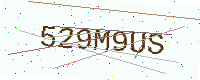
Text: 529M9US